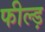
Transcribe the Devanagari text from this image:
फील्ड़